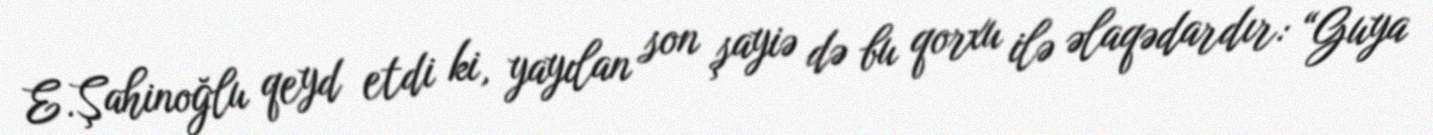
E.Şahinoğlu qeyd etdi ki, yayılan son şayiə də bu qorxu ilə əlaqədardır: “Guya